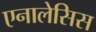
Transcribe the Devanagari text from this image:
एनालेसिस